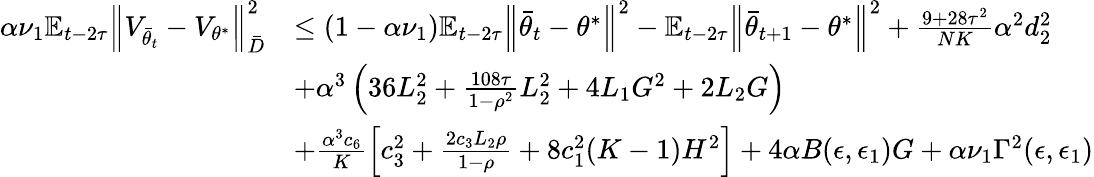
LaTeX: \begin{array}{rl}{\alpha\nu_{1}\mathbb{E}_{t-2\tau}\Big\lVert V_{\bar{\theta}_{t}}-V_{\theta^{*}}\Big\rVert_{\bar{D}}^{2}}&{\le(1-\alpha\nu_{1})\mathbb{E}_{t-2\tau}\Big\lVert\bar{\theta}_{t}-\theta^{*}\Big\rVert^{2}-\mathbb{E}_{t-2\tau}\Big\lVert\bar{\theta}_{t+1}-\theta^{*}\Big\rVert^{2}+\frac{9+28\tau^{2}}{NK}\alpha^{2}d_{2}^{2}}\\ &{+\alpha^{3}\left(36L_{2}^{2}+\frac{108\tau}{1-\rho^{2}}L_{2}^{2}+4L_{1}G^{2}+2L_{2}G\right)}\\ &{+\frac{\alpha^{3}c_{6}}{K}\left[c_{3}^{2}+\frac{2c_{3}L_{2}\rho}{1-\rho}+8c_{1}^{2}(K-1)H^{2}\right]+4\alpha B(\epsilon,\epsilon_{1})G+\alpha\nu_{1}\Gamma^{2}(\epsilon,\epsilon_{1})}\end{array}